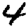
Digit: 4